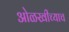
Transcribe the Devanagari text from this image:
ओळखीच्याच